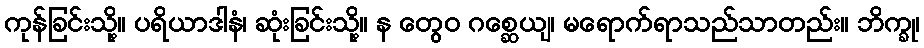
ကုန်ခြင်းသို့။ ပရိယာဒါနံ၊ ဆုံးခြင်းသို့။ န တွေဝ ဂစ္ဆေယျ၊ မရောက်ရာသည်သာတည်း။ ဘိက္ခု၊